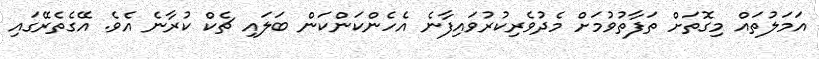
އަމަލުތައް މިގޮތަށް ތަފާތުވުމަށް މެދުވެރިކުރުވައިފާނެ އެހެންކަންކަން ބަލައި ޗެކް ކުރާނެ އެވެ. އޭގެތެރޭގައި